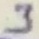
Text: 3